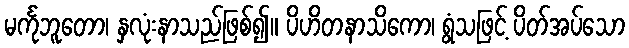
မင်္ကုဘူတော၊ နှလုံးနာသည်ဖြစ်၍။ ပိဟိတနာသိကော၊ ရွံသဖြင့် ပိတ်အပ်သော